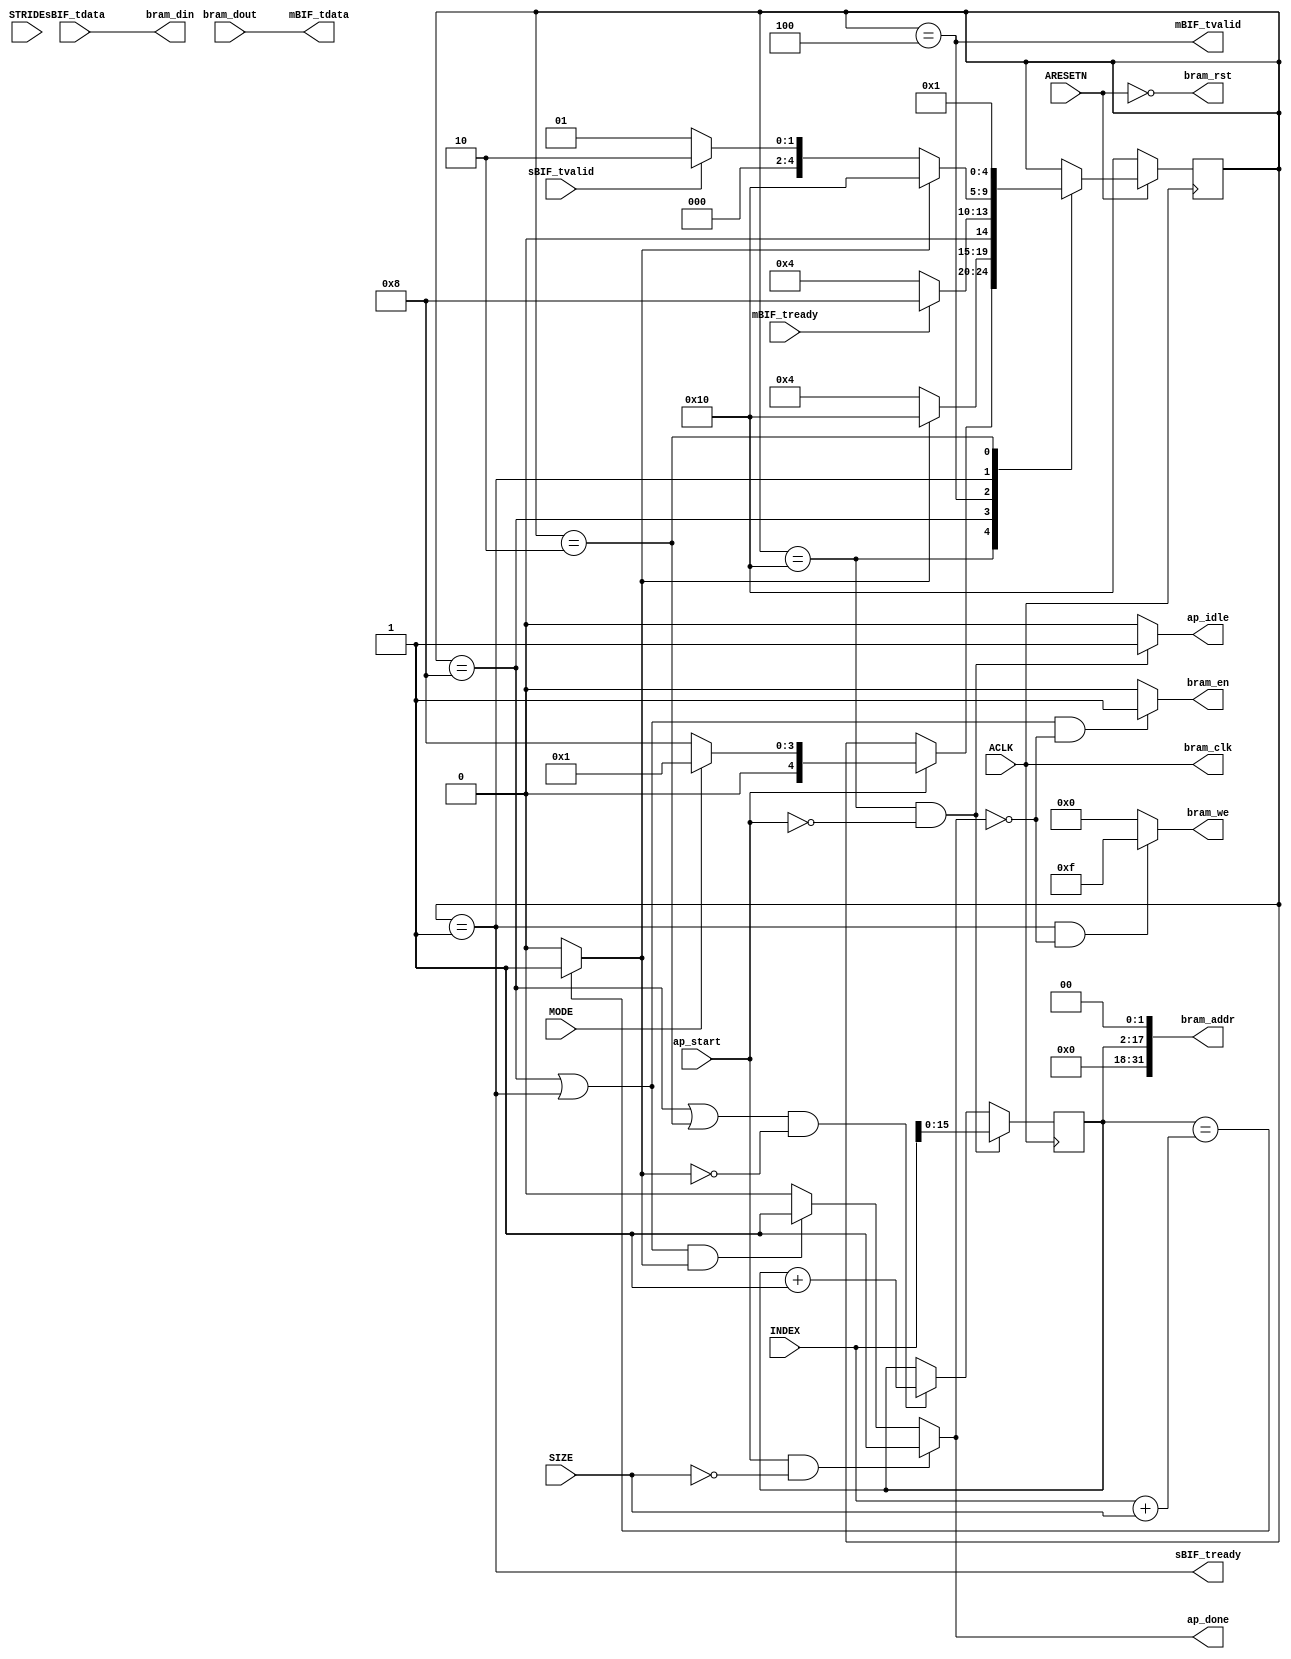
module sfa_bif(
  output wire             bram_clk      ,
  output wire             bram_rst      ,
  output reg              bram_en       ,
  output reg   [ 3 : 0]   bram_we       ,
  output wire  [31 : 0]   bram_addr     ,
  output wire  [31 : 0]   bram_din      ,
  input  wire  [31 : 0]   bram_dout     ,

  output wire             sBIF_tready   ,
  input  wire             sBIF_tvalid   ,
  input  wire  [31 : 0]   sBIF_tdata    ,

  input  wire             mBIF_tready   ,
  output wire             mBIF_tvalid   ,
  output wire  [31 : 0]   mBIF_tdata    ,

  input  wire             ap_start      ,
  output reg              ap_done       ,
  output reg              ap_idle       ,

  input  wire             MODE          ,
  input  wire  [23 : 0]   INDEX         ,
  input  wire  [23 : 0]   SIZE          ,
  input  wire  [23 : 0]   STRIDE        ,

  input  wire             ACLK          ,
  input  wire             ARESETN
);


localparam IDEL            = 5'b10000; // 16
localparam BRAM_READ       = 5'b01000; // 8
localparam AXIs_SEND       = 5'b00100; // 4
localparam BRAM_WRITE      = 5'b00010; // 2
localparam AXIs_Receive    = 5'b00001; // 1


reg   [ 4 : 0]   state          ;
reg   [15 : 0]   i_reg          ;
wire             condition      ;
wire   [23 : 0]  wINDEX         ;
wire   [23 : 0]  wSIZE          ;
wire   [23 : 0]  wbound         ;

assign wINDEX = $signed(INDEX);
assign wSIZE  = $signed(SIZE);
assign wbound = wINDEX + wSIZE;
assign condition = (i_reg == wbound ? 1'b1 : 1'b0);

assign bram_clk            = ACLK       ;
assign bram_rst            = ~ARESETN   ;
assign bram_din            = sBIF_tdata ;
assign mBIF_tdata          = bram_dout  ;
assign bram_addr           = i_reg << 32'd2;

assign mBIF_tvalid         = (state == AXIs_SEND) ;
assign sBIF_tready         = (state == AXIs_Receive);

// i_reg process
always @(posedge ACLK) begin
  if ((state == IDEL) & (ap_start == 0)) begin
    i_reg <= wINDEX;
  end
  else if ((state == BRAM_READ | state == BRAM_WRITE) & (condition != 1)) begin
    i_reg <= i_reg + 1;
  end
end

// ap_idle process
always @(state or condition) begin
  if ((ap_start != 1) & (state == IDEL)) begin
    ap_idle = 1;
  end
  else begin
    ap_idle = 0;
  end
end

// ap_done process
always @(state or condition) begin
  if (ap_start == 1 & SIZE == 24'd0) begin
    ap_done  = 1;
  end
  else if ((state == BRAM_READ | state == AXIs_Receive) & (condition == 1)) begin
    ap_done = 1;
  end
  else begin
    ap_done = 0;
  end
end

// bram_en process
always @(state or ap_done) begin
  if ((state == BRAM_READ | state == AXIs_Receive) & (ap_done != 1)) begin
    bram_en = 1;
  end
  else begin
    bram_en = 0;
  end
end

// bram_we process
always @(state or ap_done) begin
  if (state == AXIs_Receive & ap_done != 1) begin
    bram_we = 4'hF;
  end
  else begin
    bram_we = 4'h0;
  end
end


// state process
always @(posedge ACLK) begin
  if (!ARESETN) begin
    state <= IDEL;
  end
  else begin
    case (state)
      IDEL: begin
        if (ap_start) begin
          if (!MODE) begin
            state <= BRAM_READ;
          end
          else begin
            state <= AXIs_Receive;
          end
        end
      end

      BRAM_READ: begin
        if (condition != 1) begin
          state <= AXIs_SEND;
        end
        else begin
          state <= IDEL;
        end
      end

      AXIs_SEND: begin
        if (mBIF_tready == 1) begin
          state <= BRAM_READ;
        end
        else begin
          state <= AXIs_SEND;
        end
      end

      AXIs_Receive: begin
        if (condition != 1) begin
          if (sBIF_tvalid == 1) begin
            state     <= BRAM_WRITE;
          end
          else begin
            state <= AXIs_Receive;
          end
        end
        else begin
          state <= IDEL;
        end
      end

      BRAM_WRITE: begin
        state <= AXIs_Receive;
      end

    endcase
  end
end




// always @(posedge ACLK)
// begin
//   if(!ARESETN) begin
//     i_reg      <= 16'b0  ;
//     rbram_addr <= 32'b0  ;
//     rbram_din  <= 32'b0  ;
//     state      <= Fetch  ;
//   end
//   else begin
//     case (state)
//       Fetch: begin
//         i_reg <= INDEX;
//         rbram_addr  <= INDEX;
//         if (ap_start) begin
//           if (!MODE) begin
//             state       <= BRAM_READ;
//           end
//           else begin
//             state       <= AXIs_Receive;
//           end
//         end
//         else begin
//           state         <= Fetch;
//         end
//       end

//       BRAM_READ: begin // 8
//         if (i_reg < INDEX + SIZE * 4) begin
//             rbram_dout <= bram_dout;
//             i_reg          <= i_reg + STRIDE * 4;
//             state      <= AXIs_SEND;
//         end
//         else begin
//           state      <= Fetch;
//         end
//       end

//       AXIs_SEND: begin // 4
//         if (mBIF_tready == 1) begin
//           rbram_addr <= i_reg;
//           state <= BRAM_READ;
//         end
//         else begin
//           state <= AXIs_SEND;
//         end
//       end

//       AXIs_Receive: begin
//         if (i_reg < INDEX + SIZE * 4) begin
//           rbram_addr <= i_reg;
//           if (sBIF_tvalid == 1) begin
//             rbram_din <= sBIF_tdata;
//             i_reg         <= i_reg + STRIDE * 4;
//             state     <= BRAM_WRITE;
//           end
//           else begin
//             state <= AXIs_Receive;
//           end
//         end
//         else begin
//           state <= Fetch;
//         end
//       end

//       BRAM_WRITE: begin
//         state <= AXIs_Receive;
//       end
//     endcase
//   end
// end

endmodule